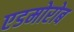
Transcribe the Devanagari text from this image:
एडमोरोब